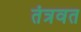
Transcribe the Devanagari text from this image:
तंत्रवत